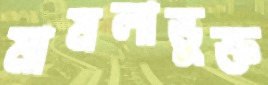
মামলাভুক্ত